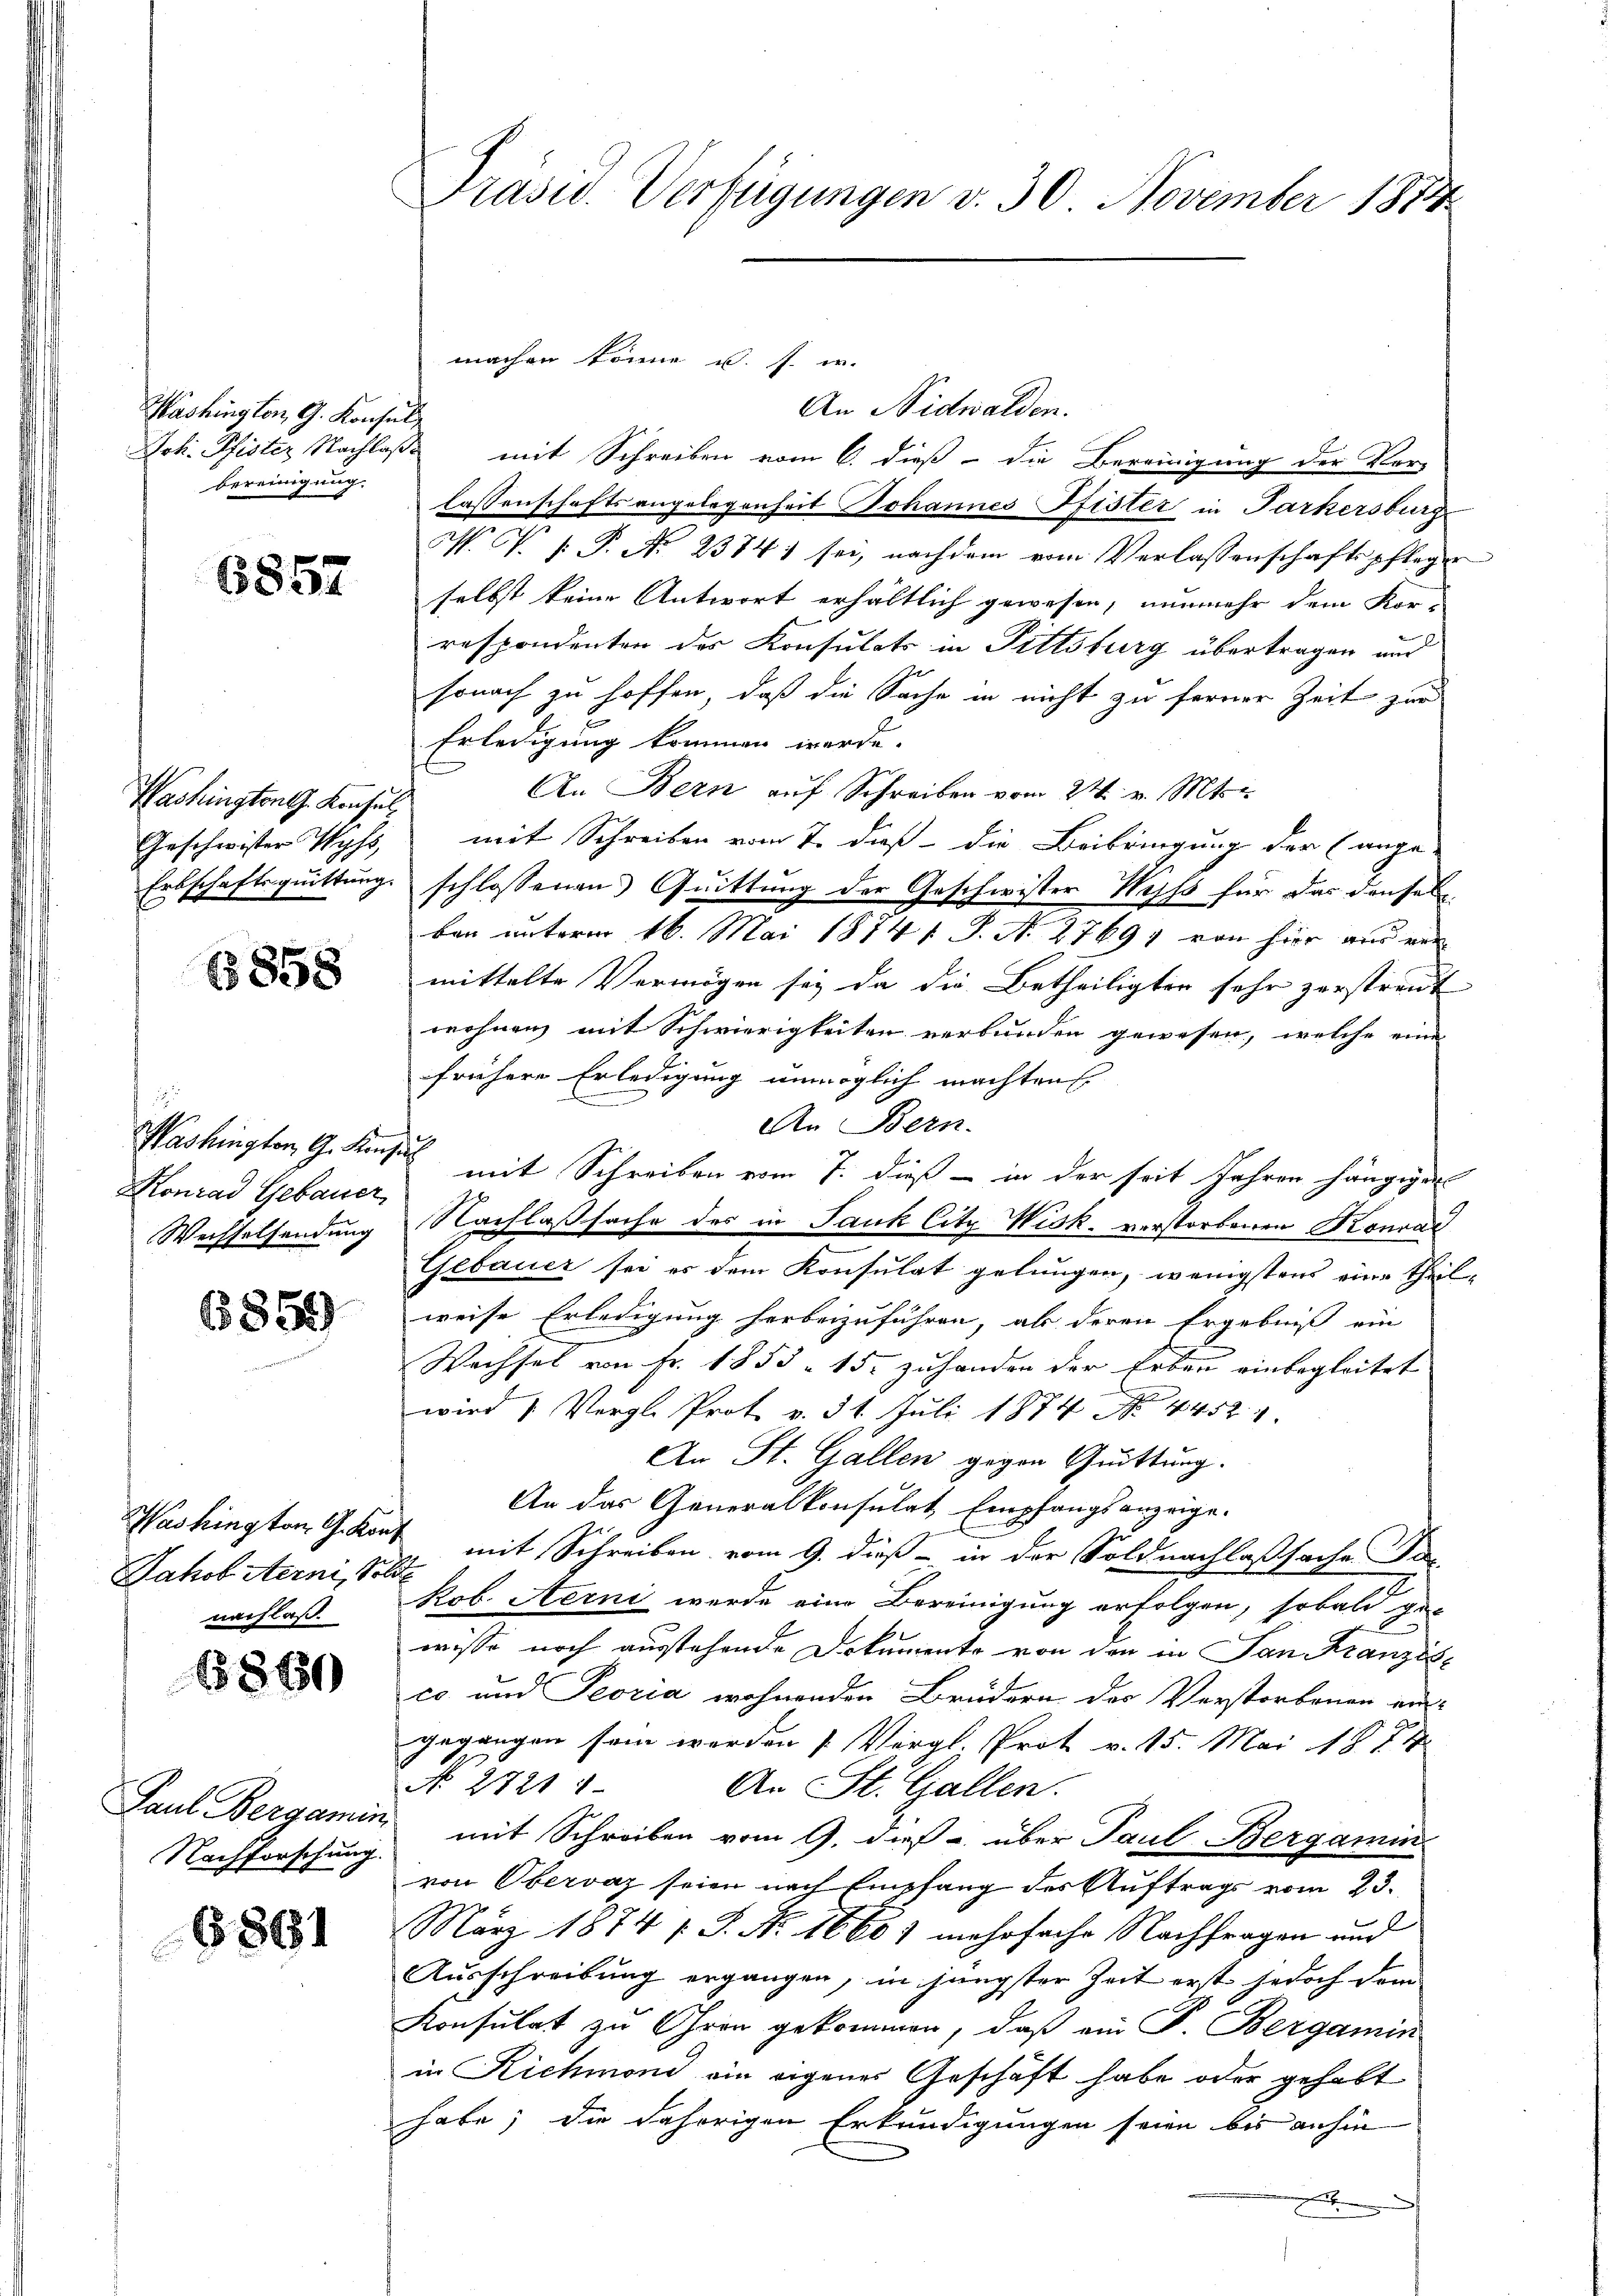
Washington G. Konsul
bereinigung.

6857

Washington G. Konsul

( 858

Washington G. Konsul
Konrad Gebauer
Wechselsendung

6859

Jakob Sterni, Solde
nachlaß.

6860

Paul Bergamin

68181

Präsid. Verfügungen v. 30. November 1874

An Nidwalden.
Joh. Pfister Nachlaß mit Schreiben vom 6. dieß – die Bereinigung der Ver-
lassenschafts angelegenheit Johannes Pfister in Parkersburg
N. V. P.P. Nr. 2374; sei, nachdem vom Verlassenschaftspfleger
selbst keine Antwort erhältlich gewesen, nunmehr dem Kor-
respondenten der Konsulats in Pittsburg übertragen und
sonach zu hoffen, daß die Sache in nicht zu ferner Zeit zur
Erledigung kommen werde.
An Bern auf Schreiben vom 24. v. Mts.
Geschwister Wyss, mit Schreiben vom 7. dieß – die Beibringung der (ange-
Erbschäftsquittung schlossenen Quittung der Geschwister Weiss für das densel
ben unterm 16. Mai 1874. P. N. 2769, von hier aus ver
mittelte Vermögen sey da die Betheiligten sehr zerstreit
wohnen mit Schwierigkeiten verbunden gewesen, welche eine
frühere Erledigung unmöglich machten
An Bern.
mit Schreiben vom 7. dieß - in der seit Jahren hängiger
Nachlaßsache des in Jauk City Wisk. verstorbenen Konrad
Gebauer sei es dem Konsulat gelungen, wenigstens eine Theilweise Erledigung herbeizuführen, als deren Ergebniß ein
Wachsel von Fr. 1855 - 15. zuhanden der Erben einbegleitet.
wird 1 Vergl. Prot v. 31. Juli 1874. 4452.
An St. Gallen gegen Quittung.
An das Generalkonsulat, Empfangsanzeige.
Washingten Gekauf mit Schreiben vom 9. dieß - in der Soldnachlaßsache For
Rob. Aerni werde eine Bereinigung erfolgen, sobald ge-
wisse noch ausstehende Dokumente von den in San Franzisco und Peoria wohnenden Brüdern des Verstorbenen ein-
gegangen sein werden Vergl. Prot v. 15. Mai 1874.
No 2721 1
An St. Gallen.
Nachforschung mit Schreiben vom 9. dieß über Paul Bergamin
von Obervaz seien nach Empfang des Auftrags vom 23.
März 1874 1 S. Nr. 1668) mehrfache Nachfragen und
Ausschreibung ergangen, in jüngster Zeit erst jedoch dem
Konsulat zu Ohren gekommen, daß ein P. Bergamin
in Richmond ein eigenes Geschäft habe oder gehabt
habe; die daherigen Erkundigungen seien bis anhin
e

machen könne u. s. w.